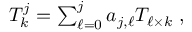
\begin{array} { r } { T _ { k } ^ { j } = \sum _ { \ell = 0 } ^ { j } a _ { j , \ell } T _ { \ell \times k } \; , } \end{array}